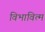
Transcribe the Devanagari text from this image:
विभावित्म